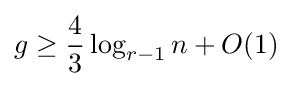
g\geq {\frac {4}{3}}\log _{r-1}n+O(1)